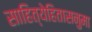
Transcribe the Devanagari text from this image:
साहित्येहितासनुमा